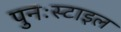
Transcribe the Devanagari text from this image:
पुनःस्टाइल